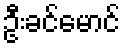
ဦးခင်မောင်